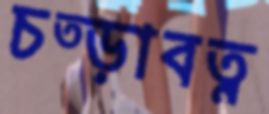
চত্ড়াবত্ন